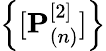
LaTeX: \left\{ [\mathbf{P}_{(n)}^{[2]}]\right\}